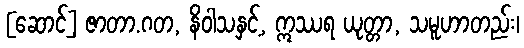
[ဆောင်] ဇာတာ.ဂတ, နိဝါသနှင့်, ဣဿရ ယုတ္တာ, သမူဟာတည်း၊